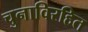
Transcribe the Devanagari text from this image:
चुनाविरहित